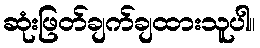
ဆုံးဖြတ်ချက်ချထားသူပါ။